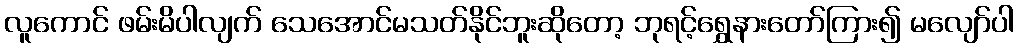
လူကောင် ဖမ်းမိပါလျက် သေအောင်မသတ်နိုင်ဘူးဆိုတော့ ဘုရင့်ရွှေနားတော်ကြား၍ မလျော်ပါ